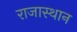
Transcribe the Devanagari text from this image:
राजास्थान